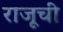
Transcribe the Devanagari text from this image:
राजूची